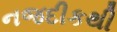
નજદીકથી